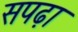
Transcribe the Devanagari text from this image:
सपढ़ा